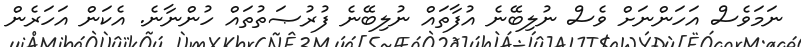
ނަމަވެސް އަހަންނަށް ވެސް ނުލިބޭނެ އުފާތައް ނުލިބޭނެ ފުރުޞަތުތައް ހުންނާނެ. އެކަން އަހަރެން